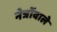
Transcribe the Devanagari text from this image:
नेत्रोंवाले